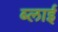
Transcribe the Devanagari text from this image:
ब्लाई